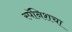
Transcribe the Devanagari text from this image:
स्पॅनिशचा